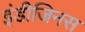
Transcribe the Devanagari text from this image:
इंडीजिनस